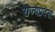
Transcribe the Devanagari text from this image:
राज्यप्रदत्त